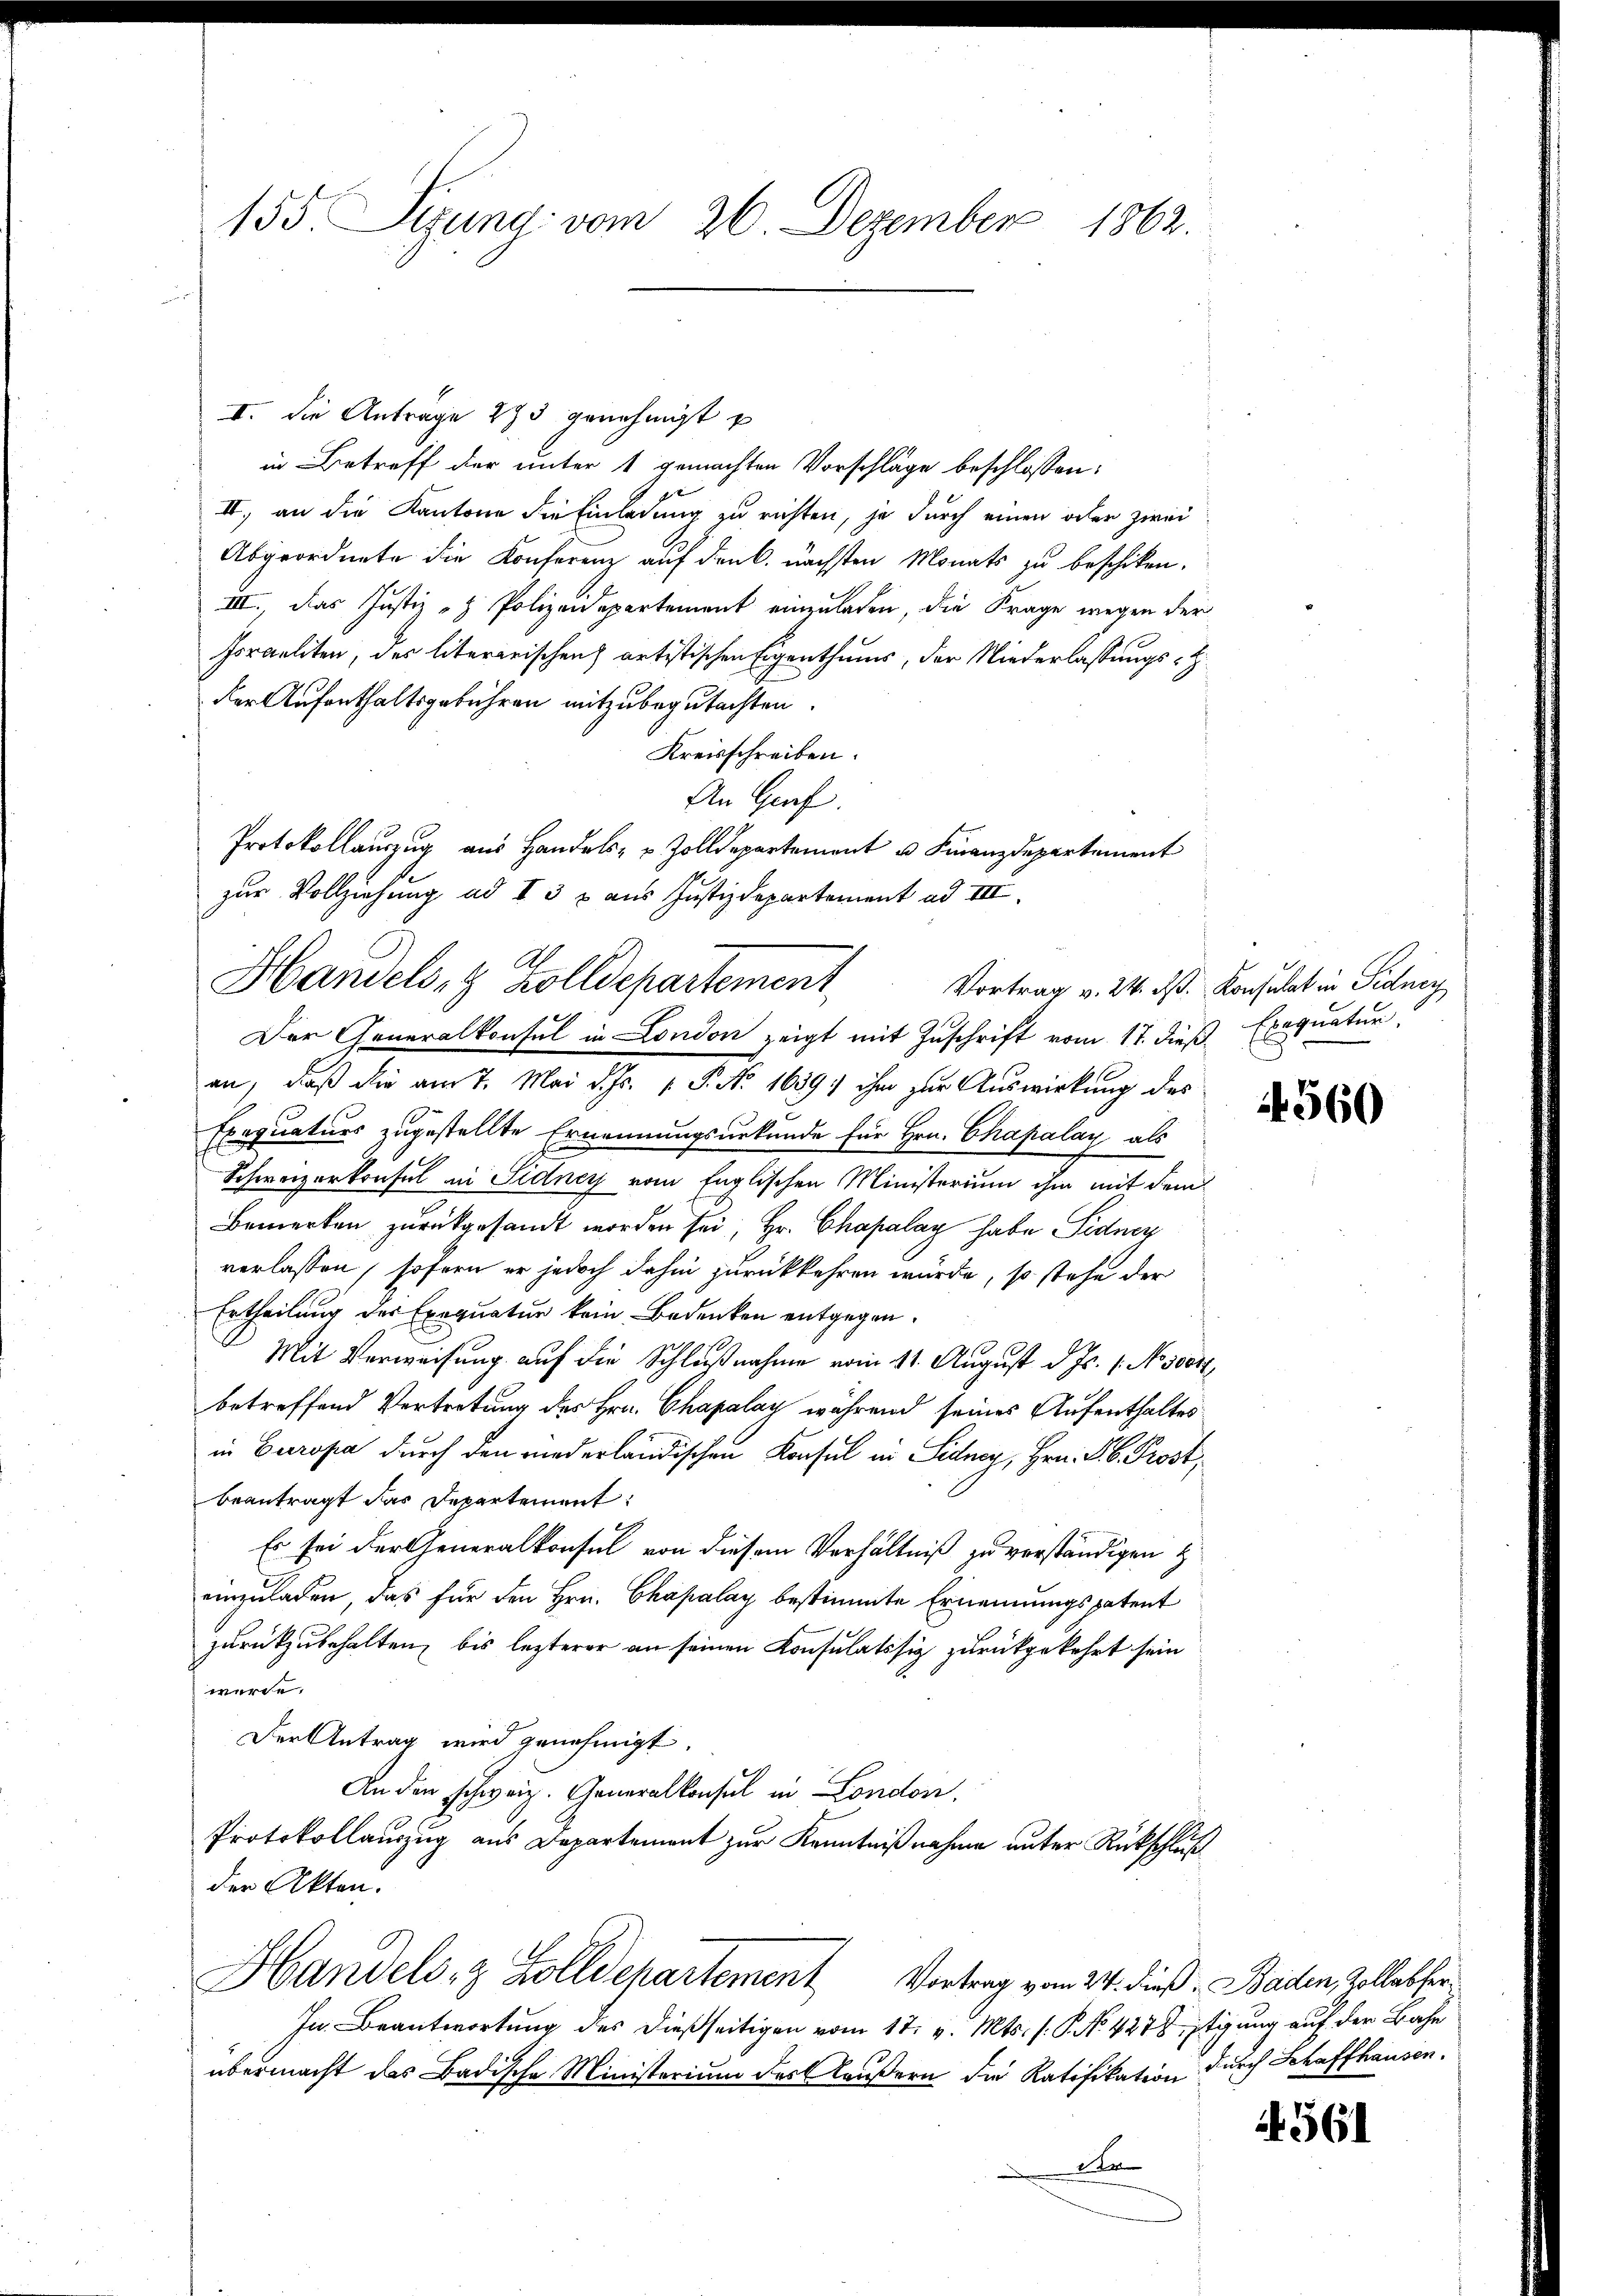
155 Sizung: vom 26. Dezember 1862.

I. Die Anträge 275 genehmigt u
II., an die Kantone die Einladung zu richten, ja durch einen oder zwei
Abgeordnete die Konferenz auf den k. nächsten Monats zu beschiken,
III., das Justiz- & Polizeidepartement einzuladen, die Frage wegen der
Israeliten, des literarischen artistischen Eigenthums, der Niederlassungs-Z
der Aufenthaltsgebühren mitzubegutachten.
Kreisschreiben.
An Graf.
Protokollauszug aus Handels- u Zolldepartement u. Finanzdepartement
zur Vollziehung ad I 3 x aus Justizdepartement ad III.
Handels- & Zolldepartement,
Der Generalkonsul in London zeigt mit Zuschrift vom 17. dieß Exequatur
an, daß die am 7. Mai d. Js. v. P. No. 1689 ihm zur Auswirkung des
Exequaturs zugestellte Ernennungsurkunde für Hrn. Chapalay als
Schweizerkonsul in Sidney vom Englischen Ministerium ihm mit dem
Bemerken zurückgesandt worden sei, Hr. Chapalay habe Sedner
verlassen, sofern er jedoch dahin zurückkehren würde, so stehe der
Ertheilung der Exequatur kein Bedenken entgegen.
Mit Verweisung auf die Schlußnahme vom 11. August d. Js. 1. Nosser
betreffend Vertretung des Hrn. Chapalay während seines Aufenthaltes
in Europa durch den wiederländischen Konsul in Sidney, Hrn. F. b. Prost,
beantragt das Departement:
Es sei der Generalkonsul von diesem Verhältniß zu verständigen zu
einzuladen, das für den Hrn. Chapalay bestimmte Ernennungspatent
zurückzubehalten, bis lezterer an seinen Consulatssiz zurückgekehrt sein
werde.
Der Antrag wird genehmigt.
An den schweiz. Generalkonsul in London.
Protokollauszug aus Departement zur Kenntnißnahme unter Rückschluß
der Akten.

in Betreff der unter 1 gemachten Vorschläge beschlossen:

Handels- & Zolldchartement Vortrag vom 24. dieß. Baden, vollabfer¬

In Beantwortung des dießseitigen vom 17. v. Mts. s. S. Nr. 4278stigung auf der Bahn
übermacht das Badische Ministerium des äußern die Ratifikation durch Schaffhausen.
der

Vortrag v. 24. d. Konsulat in Fiducy

4560

4561